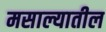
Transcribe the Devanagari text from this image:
मसाल्यातील